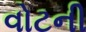
વોટની